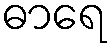
ဓာရေ